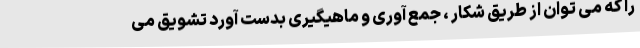
را که می توان از طریق شکار ، جمع آوری و ماهیگیری بدست آورد تشویق می